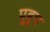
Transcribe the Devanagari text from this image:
पुहुप